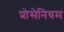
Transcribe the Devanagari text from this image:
प्रोसेनियम